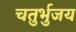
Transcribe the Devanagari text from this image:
चतुर्भुजय